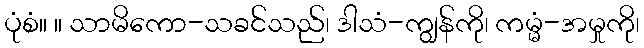
ပုံစံ။ ။ သာမိကော-သခင်သည်၊ ဒါသံ-ကျွန်ကို၊ ကမ္မံ-အမှုကို၊